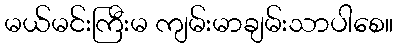
မယ်မင်းကြီးမ ကျမ်းမာချမ်းသာပါစေ။